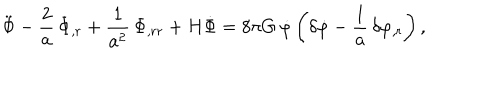
\ddot { \Phi } - \frac { 2 } { a } \, \dot { \Phi } _ { , r } + \frac { 1 } { a ^ { 2 } } \, \Phi _ { , r r } + H \dot { \Phi } = 8 \pi G \, \dot { \varphi } \left( \delta \dot { \varphi } - \frac { 1 } { a } \, \delta \varphi _ { , r } \right) ,